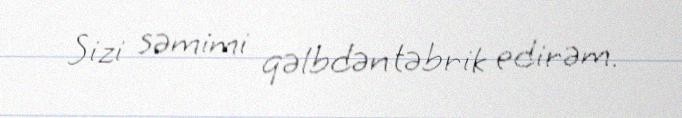
Sizi səmimi qəlbdən təbrik edirəm.